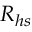
R _ { h s }